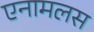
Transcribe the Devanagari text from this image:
एनामलस